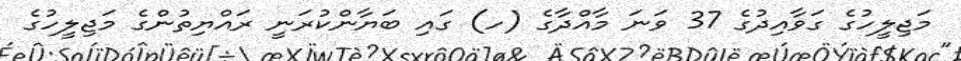
މަޖިލީހުގެ ގަވާއިދުގެ 37 ވަނަ މާއްދާގެ (ހ) ގައި ބަޔާންކުރަނީ ރައްޔިތުންގެ މަޖިލީހުގެ